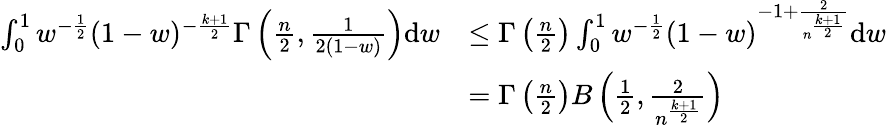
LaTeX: \begin{array}{rl}{\int_{0}^{1}w^{-\frac{1}{2}}(1-w)^{-\frac{k+1}{2}}\Gamma\left(\frac{n}{2},\frac{1}{2(1-w)}\right)\mathrm{d}w}&{\leq\Gamma\left(\frac{n}{2}\right)\int_{0}^{1}w^{-\frac{1}{2}}(1-w)^{-1+\frac{2}{n^{\frac{k+1}{2}}}}\mathrm{d}w}\\ &{=\Gamma\left(\frac{n}{2}\right)B\left(\frac{1}{2},\frac{2}{n^{\frac{k+1}{2}}}\right)}\end{array}